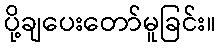
ပို့ချပေးတော်မူခြင်း။